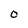
Character: O